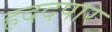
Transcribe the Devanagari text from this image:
हददपार